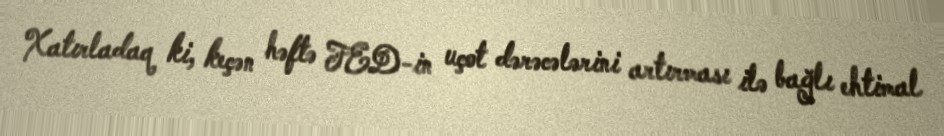
Xatırladaq ki, keçən həftə FED-in uçot dərəcələrini artırması ilə bağlı ehtimal